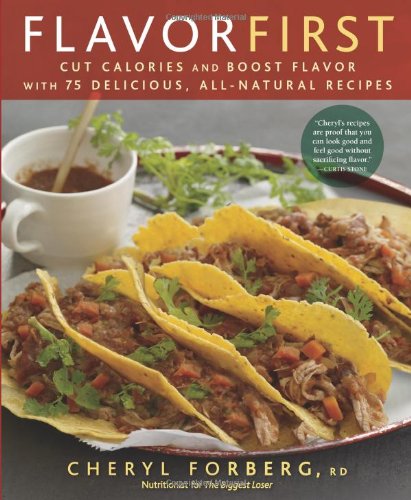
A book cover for Flavor First: Cut Calories and Boost Flavor with 75 Delicious, All-Natural Recipes; Cheryl Forberg; Cookbooks, Food & Wine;